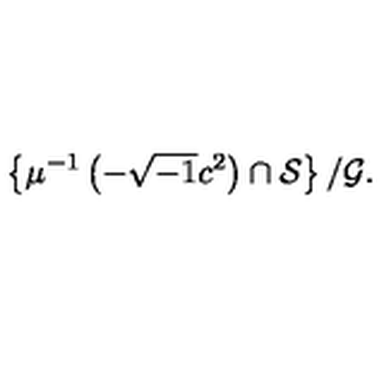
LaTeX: \left\{ \mu ^ { - 1 } \left( - \sqrt { - 1 } c ^ { 2 } \right) \cap \mathcal { S } \right\} / \mathcal { G } .